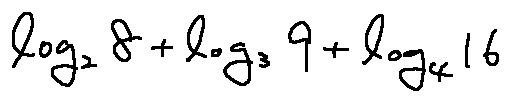
\log _ { 2 } 8 + \log _ { 3 } 9 + \log _ { 4 } 1 6